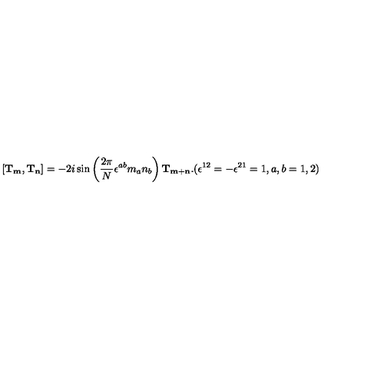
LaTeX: [ { \bf T } _ { \bf m } , { \bf T } _ { \bf n } ] = - 2 i \sin \left( { \frac { 2 \pi } { N } } \epsilon ^ { a b } m _ { a } n _ { b } \right) { \bf T } _ { \bf m + n } . ( \epsilon ^ { 1 2 } = - \epsilon ^ { 2 1 } = 1 , a , b = 1 , 2 )